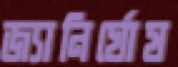
জ্যানির্ঘোষ